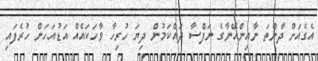
އެގެއަށް ދާންތަ ނާއިންއޭނާގެ ނަފްސާ ދައްކަމުން ދިޔަ ހުރިހާ ވާހަކައެއް އަޑުއަހަން ހުރެފައި